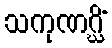
သကုဏဂ္ဃိံ